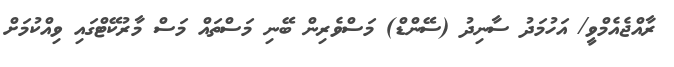
ރާއްޖެއެމްވީ/ އަހުމަދު ސާނިދު (ސޭންޑް) މަސްވެރިން ބޭނި މަސްތައް މަސް މާރުކޭޓްގައި ވިއްކުމަށް